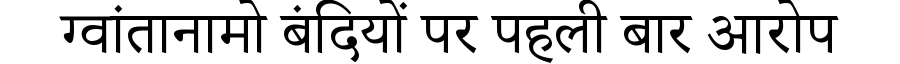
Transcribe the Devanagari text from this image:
ग्वांतानामो बंदियों पर पहली बार आरोप